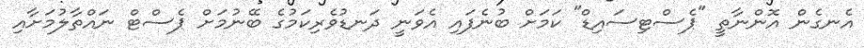
އެނގެން އޮންނާތީ "ޕެސްޓިސައިޑް" ކަމަށް ބުނެފައި އެވަނީ ދަނޑުވެރިކަމުގެ ބޭނުމަށް ޕެސްޓް ނައްތާލުމަށާއި